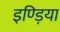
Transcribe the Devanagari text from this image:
इण्ड़िया